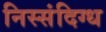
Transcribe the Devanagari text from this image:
निस्संदिग्ध